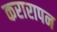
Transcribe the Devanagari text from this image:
करारापन